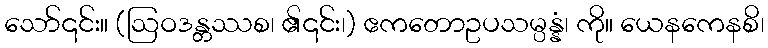
သော်၎င်း။ (ဩဝဒန္တဿစ၊ ၏၎င်း၊) ဧကတောဥပသမ္ပန္နံ၊ ကို။ ယေနကေနစိ၊